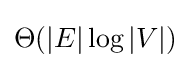
\Theta (|E|\log |V|)